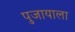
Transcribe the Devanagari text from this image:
पुजायाला